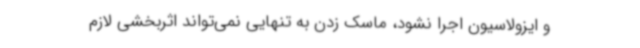
و ایزولاسیون اجرا نشود، ماسک زدن به تنهایی نمی‌تواند اثربخشی لازم